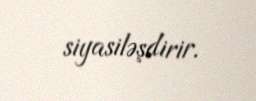
siyasiləşdirir.